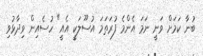
ބުނާ ކަމަށް ވަނީ ނަމަ އެންމެ ފުރަތަމަ އުސޫލަކީ އެއީ" ހުސެއިން ވިދާޅުވި